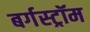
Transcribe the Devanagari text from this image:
बर्गस्ट्रॉम